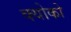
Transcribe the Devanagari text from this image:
क्योको